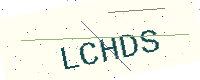
Text: LCHDS